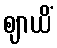
ဈာယိံ